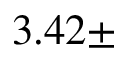
3 . 4 2 \pm